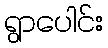
ရွာပေါင်း